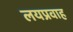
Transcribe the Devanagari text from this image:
लयप्रवाह